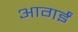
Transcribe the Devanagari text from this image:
आगईं